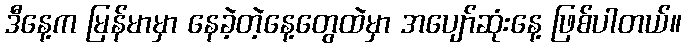
ဒီနေ့က မြန်မာမှာ နေခဲ့တဲ့နေ့တွေထဲမှာ အပျော်ဆုံးနေ့ ဖြစ်ပါတယ်။